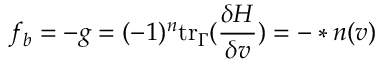
f _ { b } = - g = ( - 1 ) ^ { n } \mathrm { t r } _ { \Gamma } ( \frac { \delta H } { \delta v } ) = - \ast \boldsymbol { n } ( v )